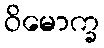
ဝိမောက္ခ